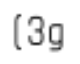
(3g